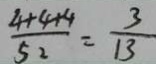
\frac { 4 + 4 + 4 } { 5 2 } = \frac { 3 } { 1 3 }